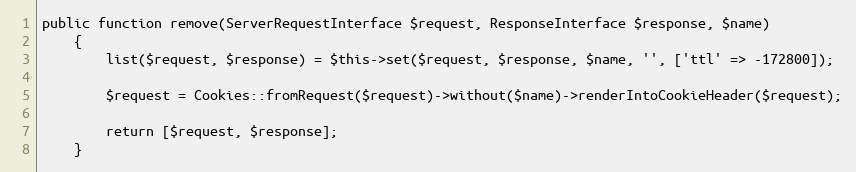
Language: PHP
public function remove(ServerRequestInterface $request, ResponseInterface $response, $name)
    {
        list($request, $response) = $this->set($request, $response, $name, '', ['ttl' => -172800]);

        $request = Cookies::fromRequest($request)->without($name)->renderIntoCookieHeader($request);

        return [$request, $response];
    }